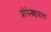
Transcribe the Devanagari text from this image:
प्रोपेनडयाल